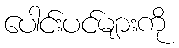
ပေါင်းပင်များကို